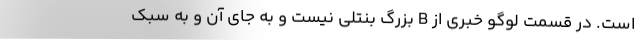
است. در قسمت لوگو خبری از B بزرگ بنتلی نیست و به جای آن و به سبک